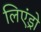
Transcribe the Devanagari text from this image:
लिएंड्रो